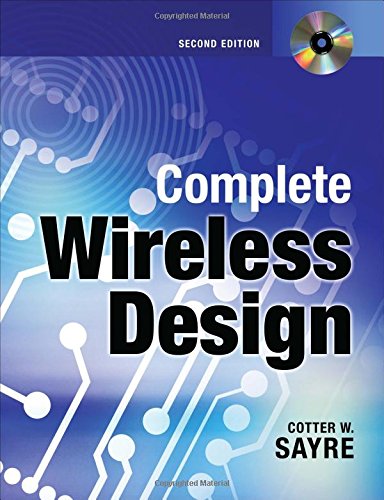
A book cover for Complete Wireless Design, Second Edition; Cotter Sayre; Computers & Technology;